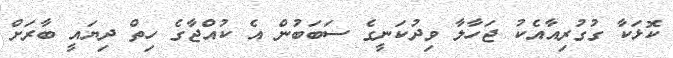
ކޮޅަކާ ގުގުރިއާއެކު ޖަހާލާ ވިދުކަނީގެ ސަބަބުން އެ ކުއްޖާގެ ހިތް ދިޔައީ ބާރަށް